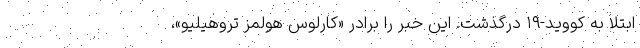
ابتلا به کووید-۱۹ درگذشت. این خبر را برادر «کارلوس هولمز تروهیلیو»،